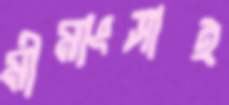
মীমাংসাই